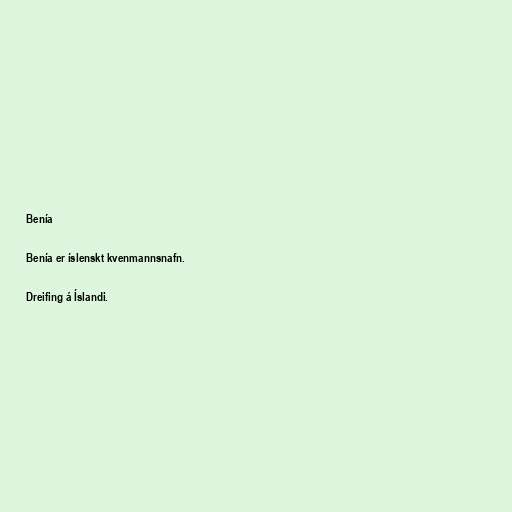
Benía

Benía er íslenskt kvenmannsnafn.

Dreifing á Íslandi.